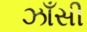
ઝાઁસી